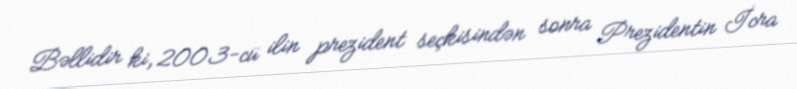
Bəllidir ki, 2003-cü ilin prezident seçkisindən sonra Prezidentin İcra